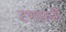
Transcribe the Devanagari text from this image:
टगाफ़री